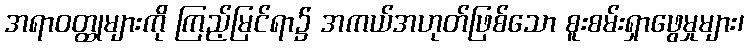
အရာဝတ္ထုများကို ကြည့်မြင်ရာ၌ အကယ်အဟုတ်ဖြစ်သော စူးစမ်းရှာဖွေမှုများ၊